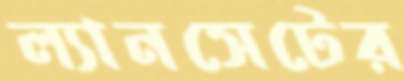
ল্যানসেটের